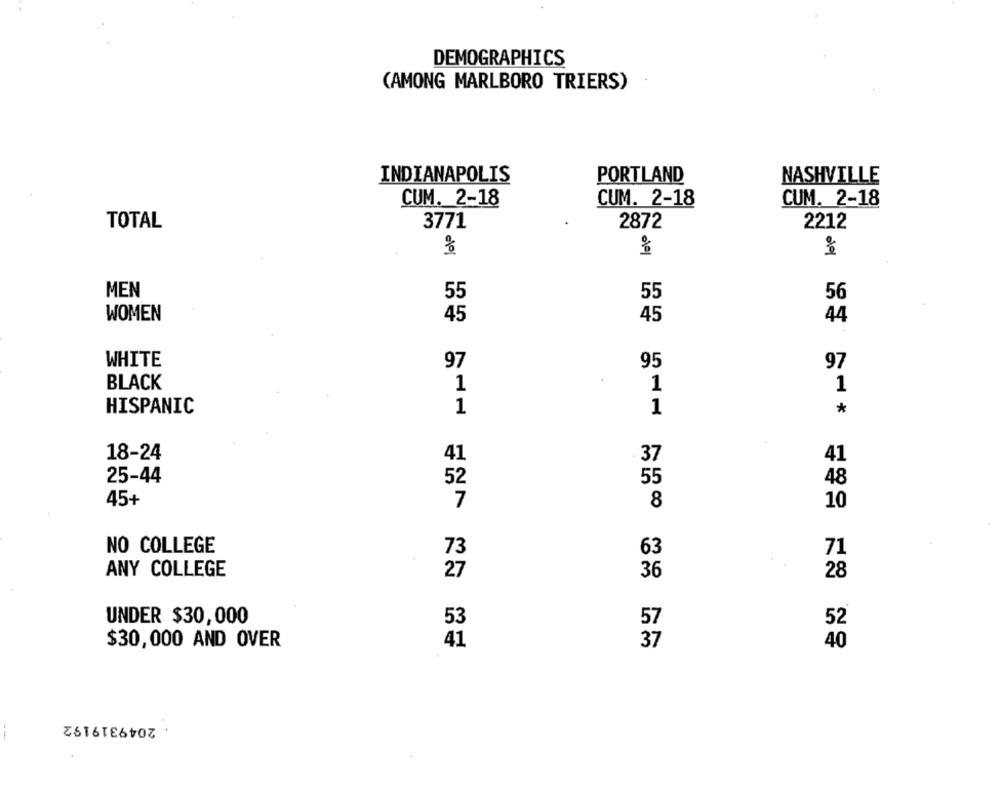
DEMOGRAPHICS
(AMONG MARLBORO TRIERS)
INDIANAPOLIS
PORTLAND
NASHVILLE
CUM. 2-18
CUM. 2-18
CUM. 2-18
TOTAL
3771
2872
2212
MEN
55
55
56
WOMEN
45
44
45
WHITE
97
95
97
BLACK
1
1
1
HISPANIC
1
1
*
18-24
41
41
37
25-44
52
55
48
45+
7
8
10
NO COLLEGE
73
63
71
ANY COLLEGE
27
36
28
UNDER $30,000
53
57
52
$30,000 AND OVER
41
37
40
2049319192